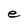
Character: e